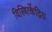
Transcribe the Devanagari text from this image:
विस्त्रित्केंद्रिय